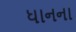
ધાનના